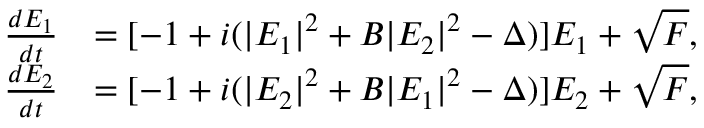
\begin{array} { r l } { \frac { d E _ { 1 } } { d t } } & { = [ - 1 + i ( \vert E _ { 1 } \vert ^ { 2 } + B \vert E _ { 2 } \vert ^ { 2 } - \Delta ) ] E _ { 1 } + \sqrt { F } , } \\ { \frac { d E _ { 2 } } { d t } } & { = [ - 1 + i ( \vert E _ { 2 } \vert ^ { 2 } + B \vert E _ { 1 } \vert ^ { 2 } - \Delta ) ] E _ { 2 } + \sqrt { F } , } \end{array}